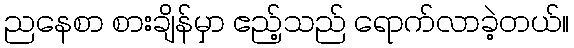
ညနေစာ စားချိန်မှာ ဧည့်သည် ရောက်လာခဲ့တယ်။